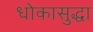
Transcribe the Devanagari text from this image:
धोकासुद्धा